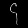
Digit: ၄